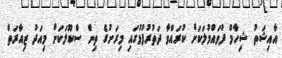
އާއިޝަތު ޝިހާމް ފުވައްމުލަކަށް ކުރައްވާ ދަތުރުފުޅުގައި މިރަށުގެ ތިން ސްކޫލަކަށް މިއަދު ޒިއާރަތް